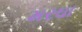
મરઘા